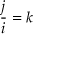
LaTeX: { \frac { j } { i } } = k